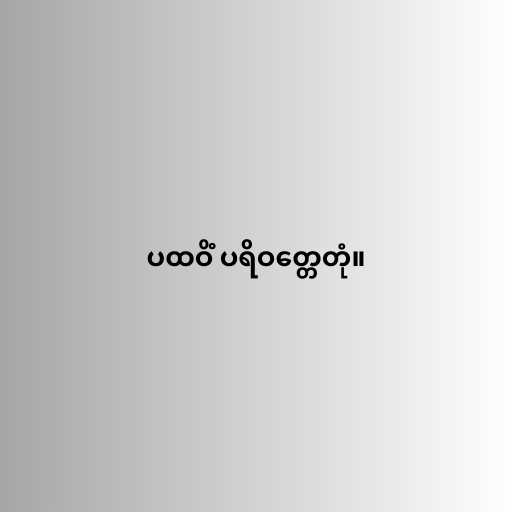
ပထဝိံ ပရိဝတ္တေတုံ။